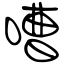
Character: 嘈